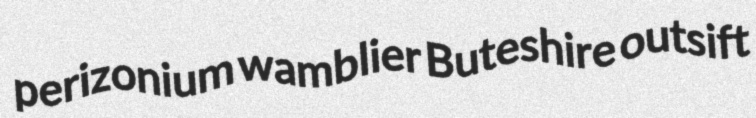
perizonium wamblier Buteshire outsift